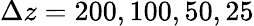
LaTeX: \Delta z=200,100,50,25